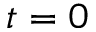
t = 0